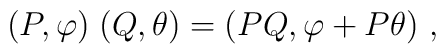
(P,\varphi)\;(Q,\theta)=(PQ, \varphi+P\theta)~,